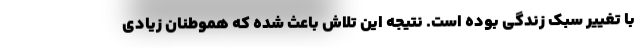
با تغییر سبک زندگی بوده است. نتیجه این تلاش باعث شده که هموطنان زیادی